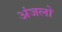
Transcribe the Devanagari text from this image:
अंजलो